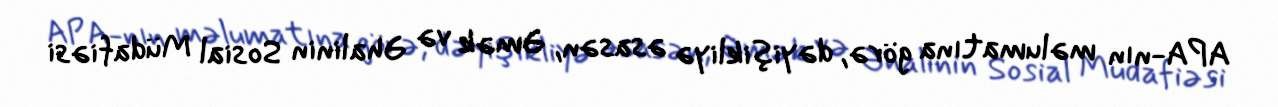
APA-nın məlumatına görə, dəyişikliyə əsasən, Əmək və Əhalinin Sosial Müdafiəsi